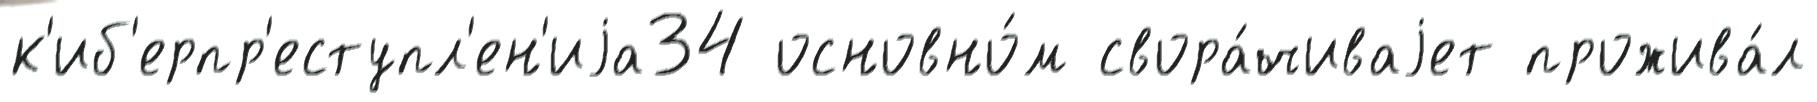
к'иб'ерпр'еступл'ен'иjа34 основно́м свора́чиваjет прожива́л